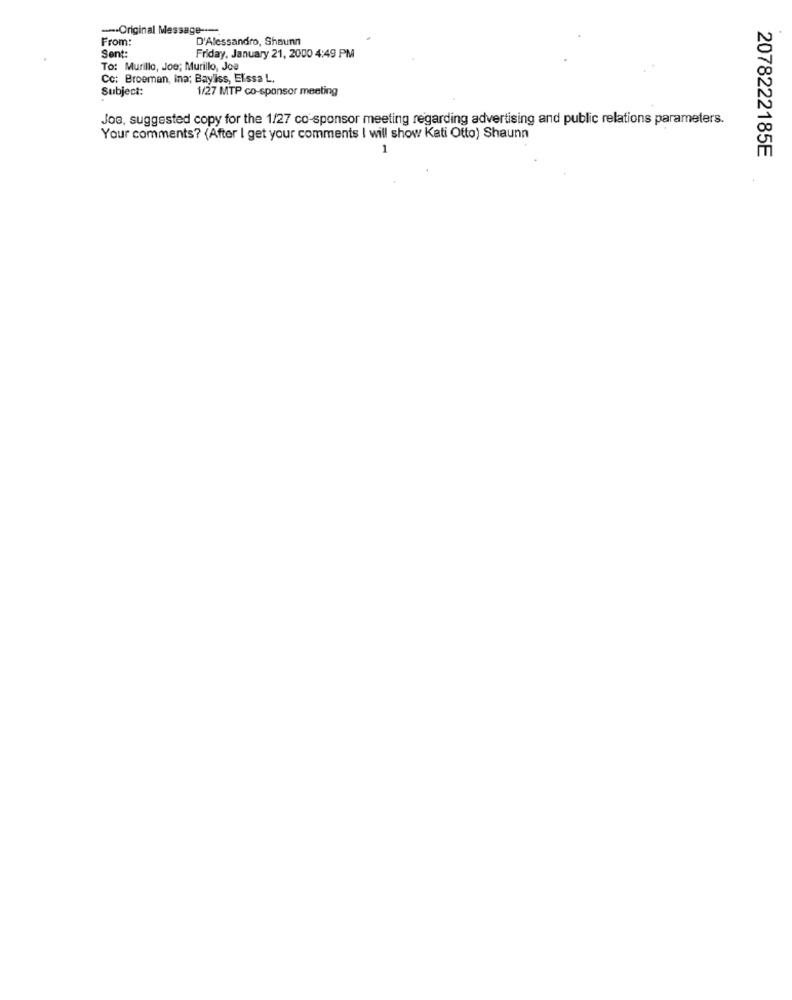
--- Original Message ---.
From:
D'Alessandro, Shaunn
Sent:
Friday, January 21, 2000 4:49 PM
To: Murillo, Joe; Murillo, Joe
Cc: Broeman, ina; Bayliss, Elissa L.
Subject:
1/27 MTP co-sponsor meeting
Joe, suggested copy for the 1/27 co-sponsor meeting regarding advertising and public relations parameters.
Your comments? (After I get your comments | will show Kati Otto) Shaunn
1
2078222185E